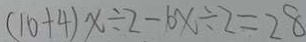
( 1 0 + 4 ) x \div 2 - 1 0 x \div 2 = 2 8